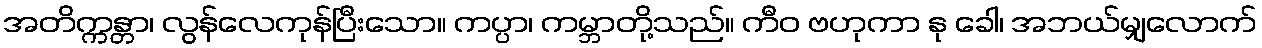
အတိက္ကန္တာ၊ လွန်လေကုန်ပြီးသော။ ကပ္ပာ၊ ကမ္ဘာတို့သည်။ ကီဝ ဗဟုကာ နု ခေါ၊ အဘယ်မျှလောက်